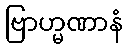
ဗြာဟ္မဏာနံ